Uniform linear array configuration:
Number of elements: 4
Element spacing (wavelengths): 0.25
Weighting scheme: hann
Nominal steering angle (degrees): -60
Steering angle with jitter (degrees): -60.733
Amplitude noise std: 0.05
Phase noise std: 0.05

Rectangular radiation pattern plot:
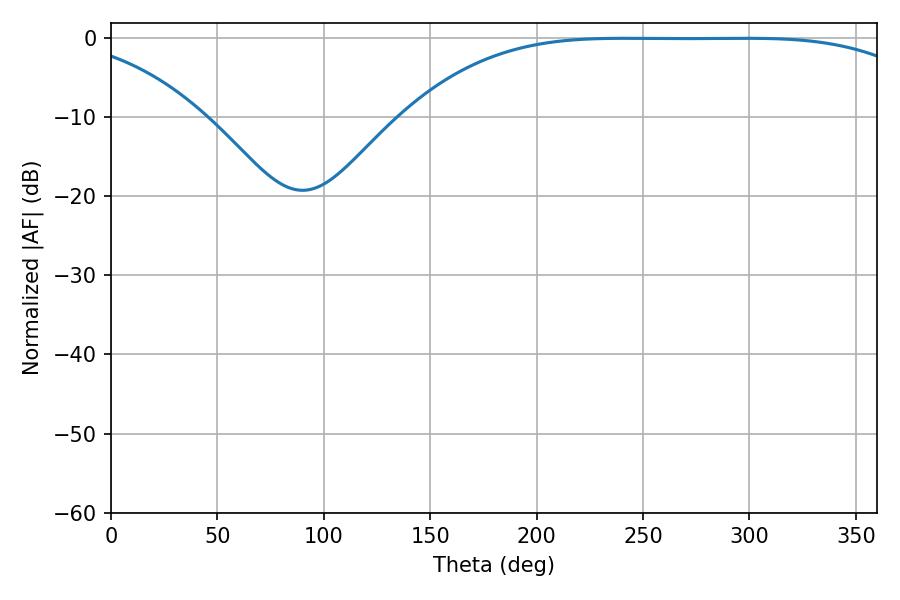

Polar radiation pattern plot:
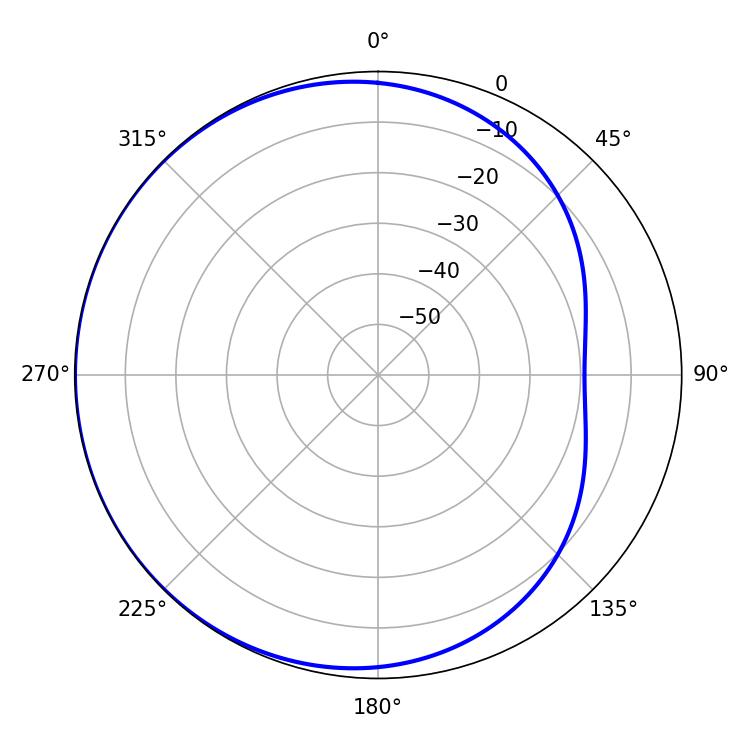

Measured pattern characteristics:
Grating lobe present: FALSE
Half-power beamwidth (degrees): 187.02
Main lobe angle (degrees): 298.44